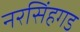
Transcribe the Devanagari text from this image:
नरसिंहगड